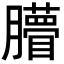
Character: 𦢧